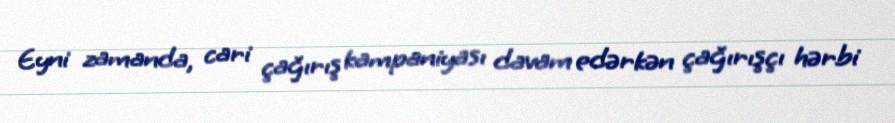
Eyni zamanda, cari çağırış kampaniyası davam edərkən çağırışçı hərbi